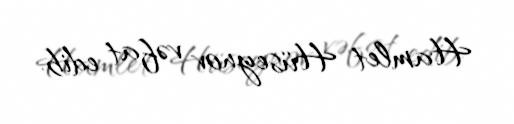
Hamlet Hüseynov vəfat edib.